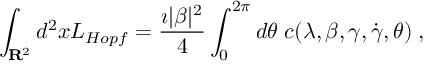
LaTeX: \int _ { { \bf R } ^ { 2 } } d ^ { 2 } x { \cal L } _ { H o p f } = \frac { \imath | \beta | ^ { 2 } } { 4 } \int _ { 0 } ^ { 2 \pi } d \theta \; c ( \lambda , \beta , \gamma , \dot { \gamma } , \theta ) \; ,